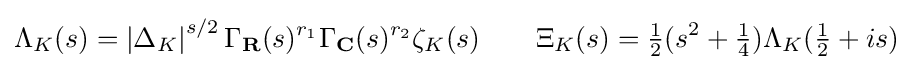
\Lambda _{K}(s)=\left|\Delta _{K}\right|^{s/2}\Gamma _{\mathbf {R} }(s)^{r_{1}}\Gamma _{\mathbf {C} }(s)^{r_{2}}\zeta _{K}(s)\qquad \Xi _{K}(s)={\tfrac {1}{2}}(s^{2}+{\tfrac {1}{4}})\Lambda _{K}({\tfrac {1}{2}}+is)